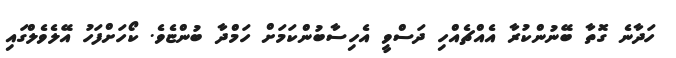
ހަދާނެ ގޮތާ ބޭނުންކުރާ އެއްޗެއްހި ދަސްވީ އެހިސާބުންކަމަށް ހަމްދާ ބުންޏެވެ. ކޯހަށްފަހު އޭލެވެލްގައި